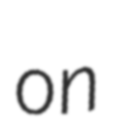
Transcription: on